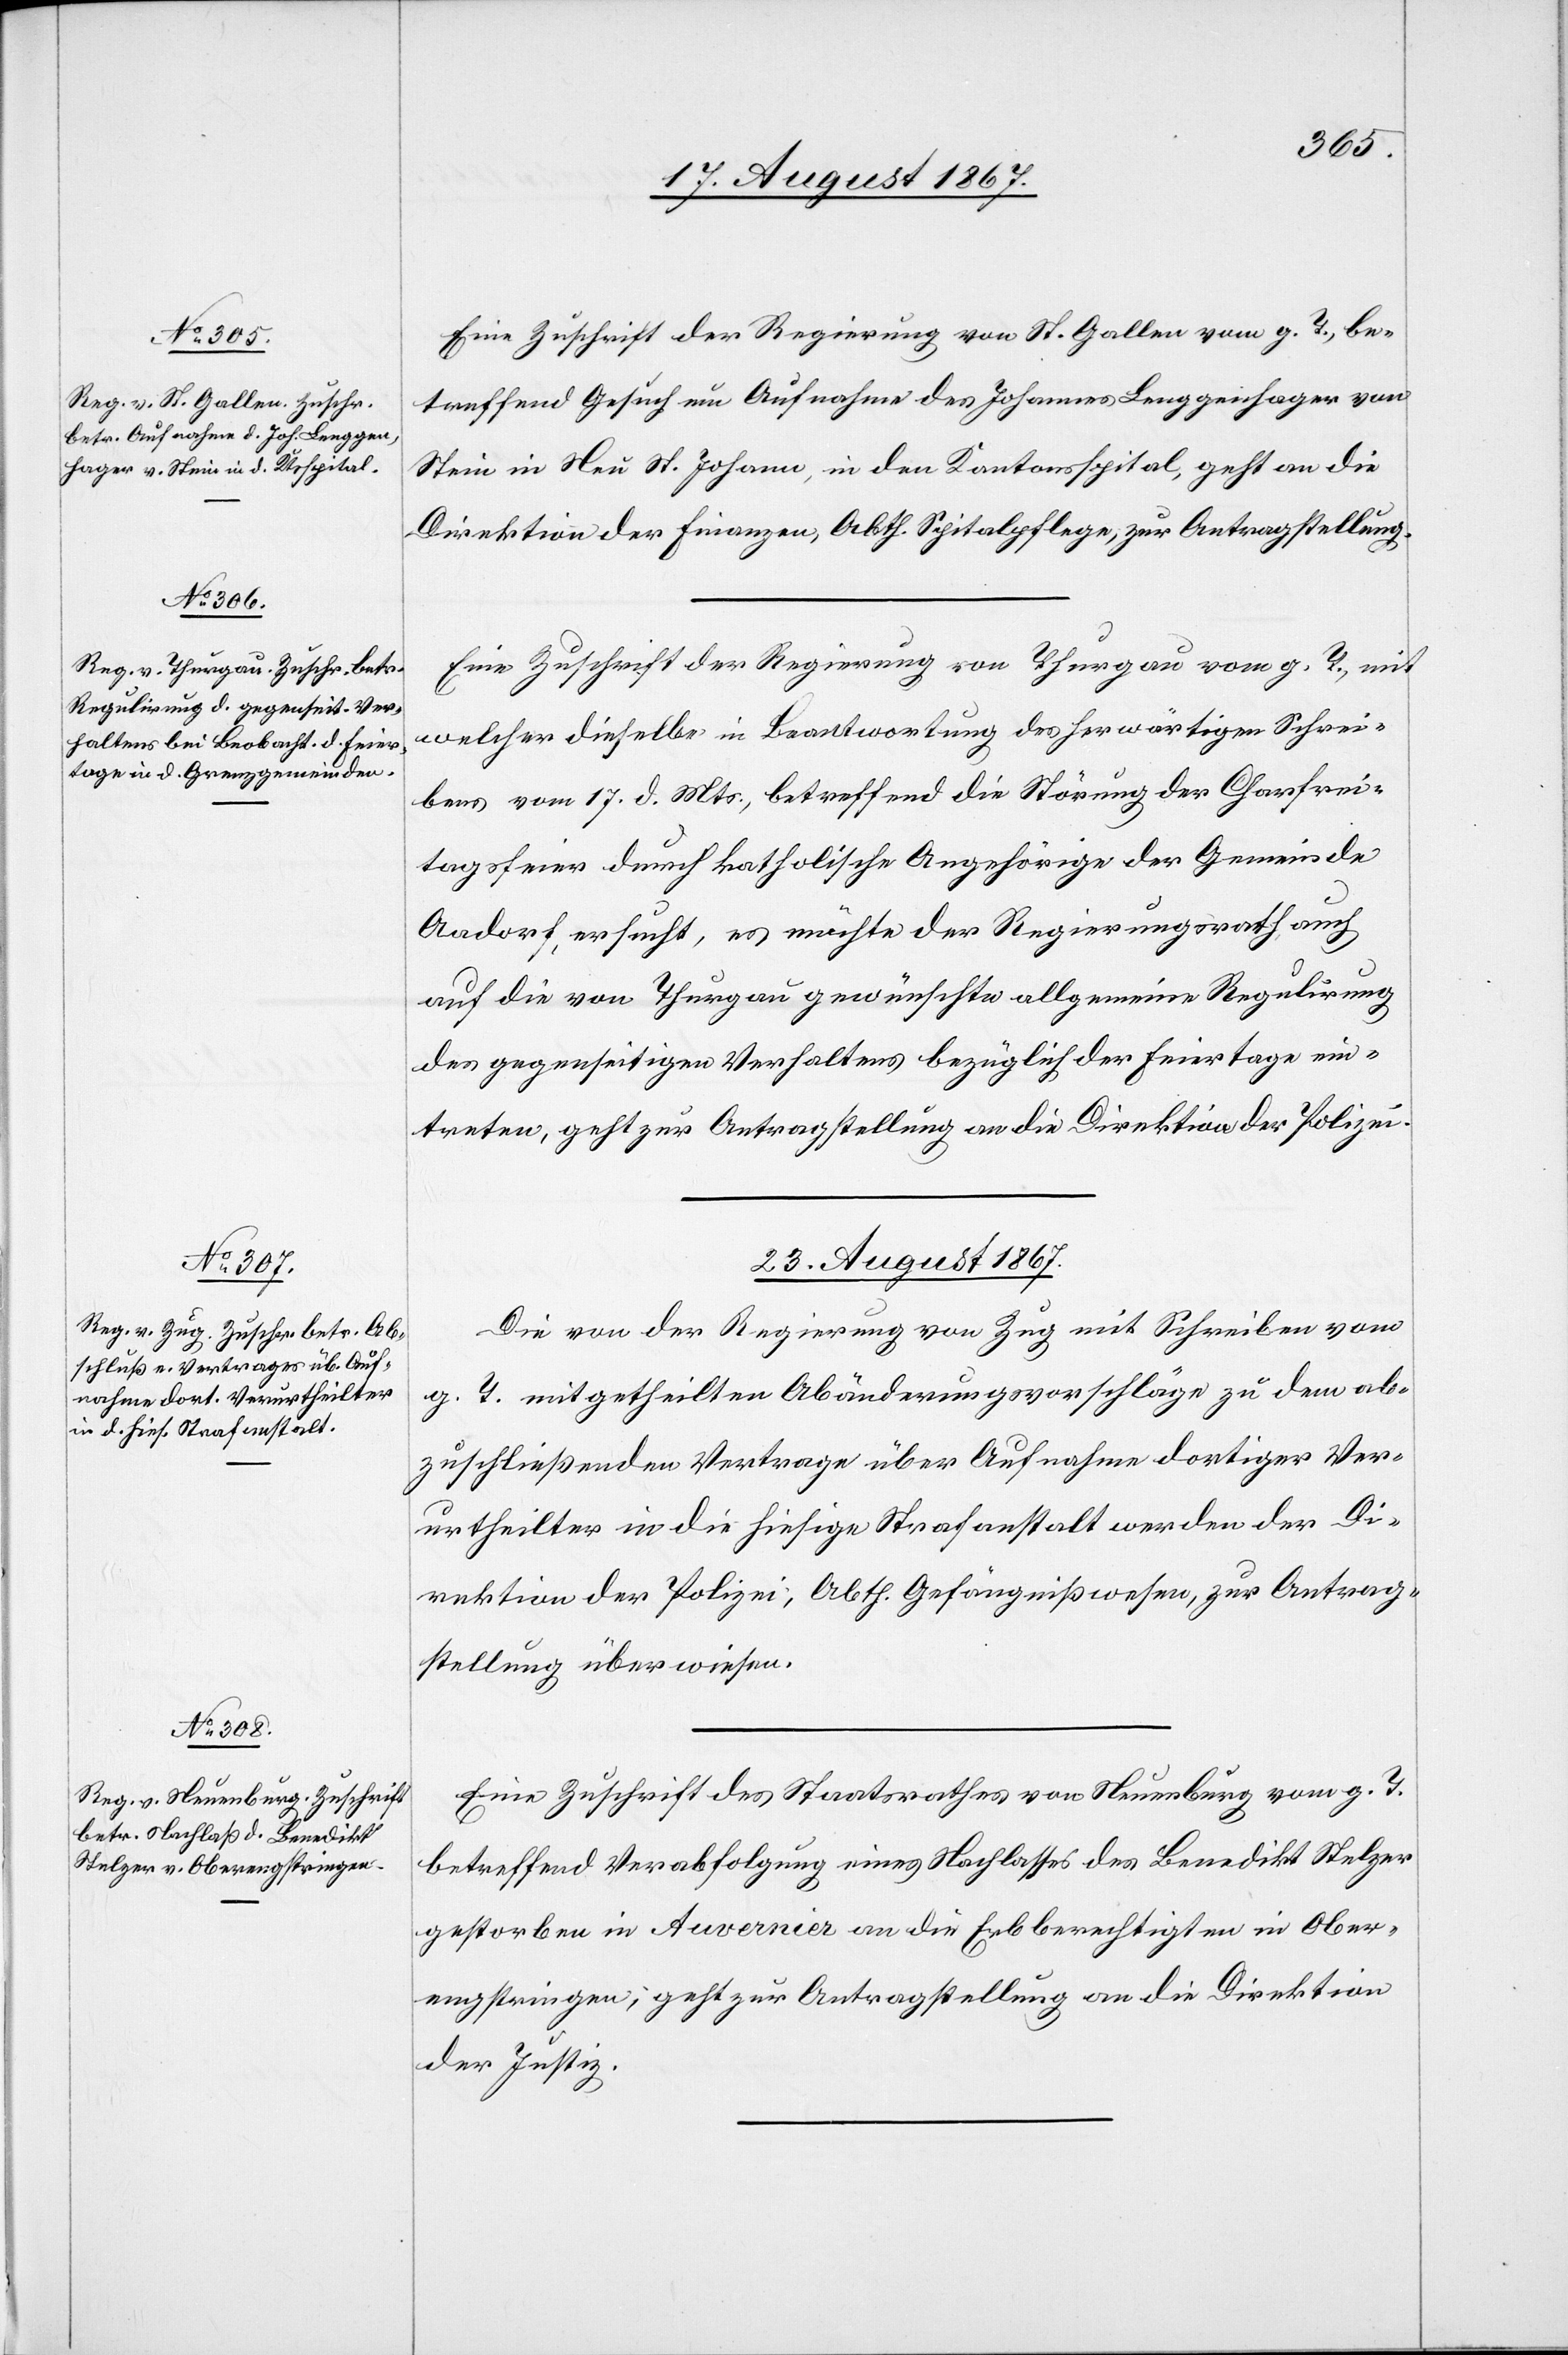
Eine Zuschrift der Regierung von St. Gallen vom g. T., be¬
treffend Gesuch um Aufnahme des Johannes Lenggenhager von
Stein in Neu St. Johann, in den Kantonsspital, geht an die
Direktion der Finanzen, Abth. Spitalpflege, zur Antragstellung.
Eine Zuschrift der Regierung von Thurgau vom g. T., mit
welcher dieselbe in Beantwortung des herwärtigen Schrei¬
bens vom 17. d. Mts., betreffend die Störung der Charfrei¬
tagsfeier durch katholische Angehörige der Gemeinde
Aadorf, ersucht, es möchte der Regierungsrath auch
auf die von Thurgau gewünschte allgemeine Regulirung
des gegenseitigen Verhaltens bezüglich der Feiertage ein¬
treten, geht zur Antragstellung die Direktion der Polizei.
23. August 1867.]
Die von der Regierung von Zug mit Schreiben vom
g. T. mitgetheilten Abänderungsvorschläge zu dem ab¬
zuschließenden Vertrage über Aufnahme dortiger Ver¬
urtheilter in die hiesige Strafanstalt werden der Di¬
rektion der Polizei, Abth. Gefängnißwesen, zur Antrag¬
stellung überwiesen.
Eine Zuschrift des Staatsrathes von Neuenburg vom g. T.
betreffend Verabfolgung eines Nachlasses des Benedikt Stelzer
gestorben in Auvernier an die Erbberechtigten in Ober¬
engstringen, geht zur Antragstellung an die Direktion
der Justiz.